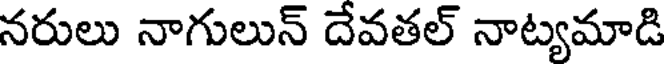
నరులు నాగులున్ దేవతల్ నాట్యమాడి